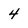
Character: 4